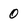
Character: 0